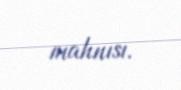
mahnısı.